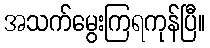
အသက်မွေးကြရကုန်ပြီ။